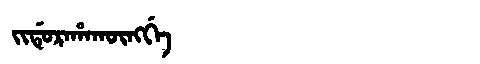
Manchu: ᠵᡳᡩᡠᡵᠠᡥᠠᡴᡡᠩᡤᡝ
Romanization: JIDURAHAKŪNGGE